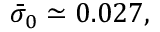
\begin{array} { r } { \bar { \sigma } _ { 0 } \simeq 0 . 0 2 7 , } \end{array}